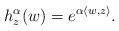
LaTeX: \begin{align*}h_z^\alpha(w) = e^{\alpha\langle w,z\rangle}.\end{align*}